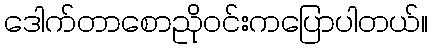
ဒေါက်တာစောညိုဝင်းကပြောပါတယ်။